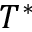
T ^ { * }